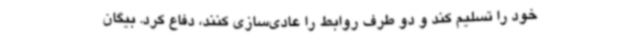
خود را تسلیم کند و دو طرف روابط را عادی‌سازی کنند، دفاع کرد. بیگان